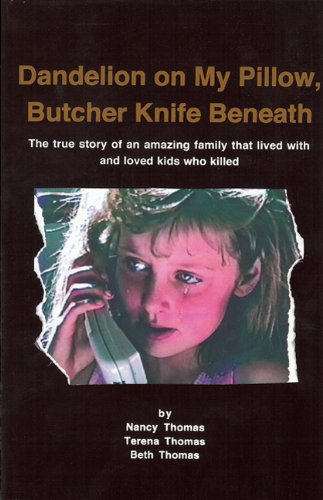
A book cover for Dandelion on My Pillow, Butcher Knife Beneath: The true story of an amazing family that lived with and loved kids who killed; Beth Thomas; Parenting & Relationships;